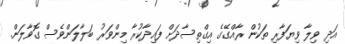
އަދި ވިލާ ވިޔަފާރި ތަކުން ރާއްގޭގެ އިގްތިސާދަށް ފައިދާކުރާ މިންވަރު ބަލާލަންވެސް ގޮވާލަން.